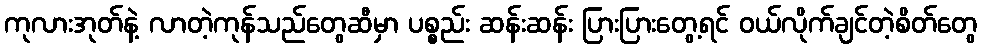
ကုလားအုတ်နဲ့ လာတဲ့ကုန်သည်တွေဆီမှာ ပစ္စည်း ဆန်းဆန်း ပြားပြားတွေ့ရင် ဝယ်လိုက်ချင်တဲ့စိတ်တွေ